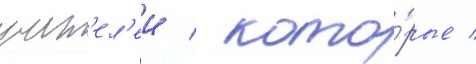
учит'ел'еи / кото́рые /